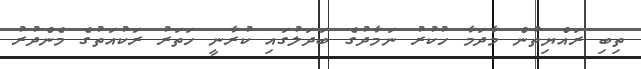
ތިބި ރައްޔިތުން މާދަމާ ހުކުރު ނަމާދުގެ ބަދަލުގައި ކުރާނީ ހަަތަރު ރަކުއަތުގެ މެންދުރު